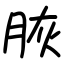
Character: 脄